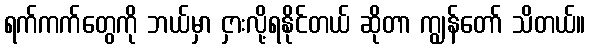
ရက်ကက်တွေကို ဘယ်မှာ ငှားလို့ရနိုင်တယ် ဆိုတာ ကျွန်တော် သိတယ်။